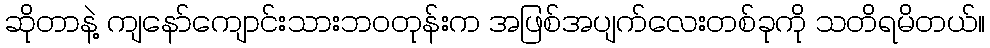
ဆိုတာနဲ့ ကျနော်ကျောင်းသားဘဝတုန်းက အဖြစ်အပျက်လေးတစ်ခုကို သတိရမိတယ်။